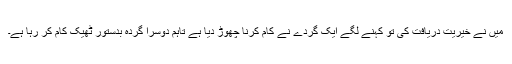
میں نے خیریت دریافت کی تو کہنے لگے ایک گردے نے کام کرنا چھوڑ دیا ہے تاہم دوسرا گردہ بدستور ٹھیک کام کر رہا ہے۔